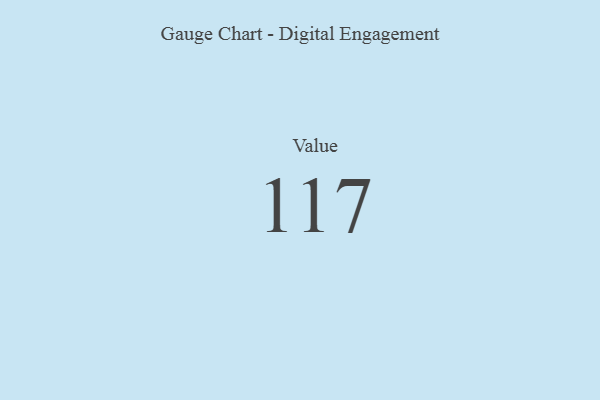
{"axis": {"x": "Metric", "y": "Value"}, "legend": [""], "data": [{"x": "Value", "y": 117, "type": ""}]}